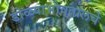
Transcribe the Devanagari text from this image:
डोळ्याभोवतालचे